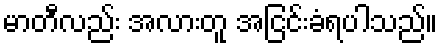
မာတီလည်း အလားတူ အငြင်းခံရပါသည်။